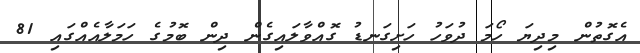
އެގޮތުން މިދިޔަ ހޯމަ ދުވަހު ހަށިގަނޑު ގޮއްވާލައިގެން ދިން ބޮމުގެ ހަމަލާއެއްގައި 81